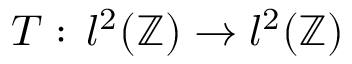
T : \, l ^ { 2 } ( \mathbb { Z } ) \to l ^ { 2 } ( \mathbb { Z } )